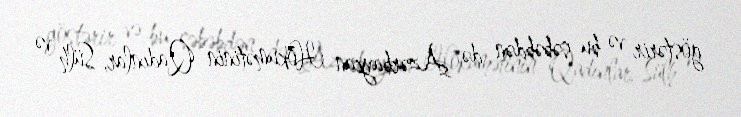
göstərir və bu səbəbdən də Azərbaycan Hökumətinin Qadınlar, Sülh və